Indian journal of veterinary science and animal husbandry - Volumes 26-27, 1956-1957
Year: 1956
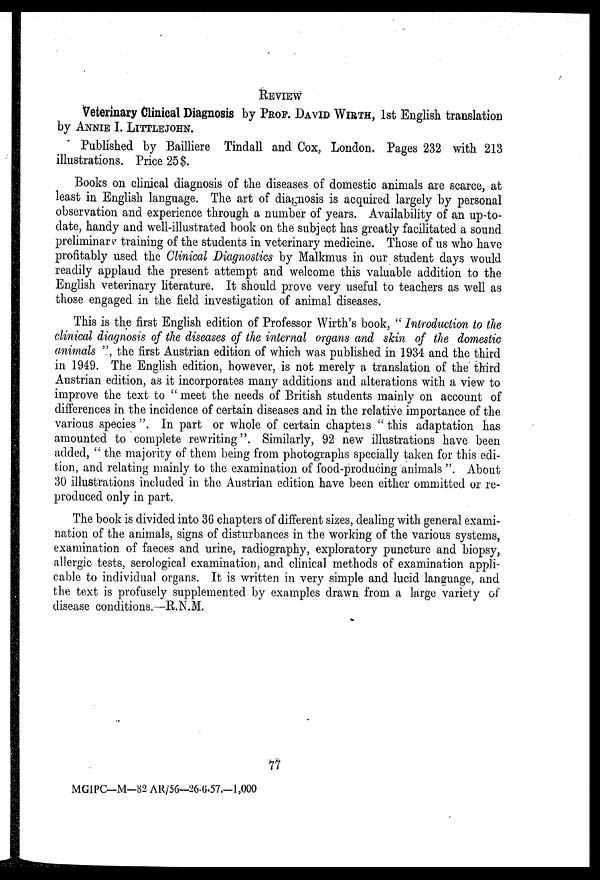
REVIEW
Veterinary Clinical Diagnosis by PROF. DAVID WIRTH, 1st English translation
by ANNIE I. LITTLEJOHN.
Published by Bailliere Tindall and Cox, London. Pages 232 with 213
illustrations. Price 25$.
Books on clinical diagnosis of the diseases of domestic animals are scarce, at
least in English language. The art of diagnosis is acquired largely by personal
observation and experience through a number of years. Availability of an up-to-
date, handy and well-illustrated book on the subject has greatly facilitated a sound
preliminary training of the students in veterinary medicine. Those of us who have
profitably used the Clinical Diagnostics by Malkmus in our student days would
readily applaud the present attempt and welcome this valuable addition to the
English veterinary literature. It should prove very useful to teachers as well as
those engaged in the field investigation of animal diseases.
This is the first English edition of Professor Wirth's book, " Introduction to the
clinical diagnosis of the diseases of the internal organs and skin of the domestic
animals ", the first Austrian edition of which was published in 1934 and the third
in 1949. The English edition, however, is not merely a translation of the third
Austrian edition, as it incorporates many additions and alterations with a view to
improve the text to " meet the needs of British students mainly on account of
differences in the incidence of certain diseases and in the relative importance of the
various species ". In part or whole of certain chapters " this adaptation has
amounted to complete rewriting". Similarly, 92 new illustrations have been
added, " the majority of them being from photographs specially taken for this edi-
tion, and relating mainly to the examination of food-producing animals ". About
30 illustrations included in the Austrian edition have been either ommitted or re-
produced only in part.
The book is divided into 36 chapters of different sizes, dealing with general exami-
nation of the animals, signs of disturbances in the working of the various systems,
examination of faeces and urine, radiography, exploratory puncture and biopsy,
allergic tests, serological examination, and clinical methods of examination appli-
cable to individual organs. It is written in very simple and lucid language, and
the text is profusely supplemented by examples drawn from a large variety of
disease conditions.—R.N.M.
77
MGIPC—M—82 AR/56—26-6-57.—1,000